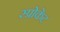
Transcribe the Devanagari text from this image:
स्प्रोकेट